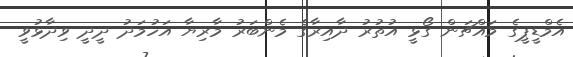
އެމްޑީޕީގެ މައްޗަން ގޯޅީ އުތުރު ދާއިރާގެ މެންބަރު މާރިޔާ އަހުމަދު ދީދީ ވިދާޅުވީ